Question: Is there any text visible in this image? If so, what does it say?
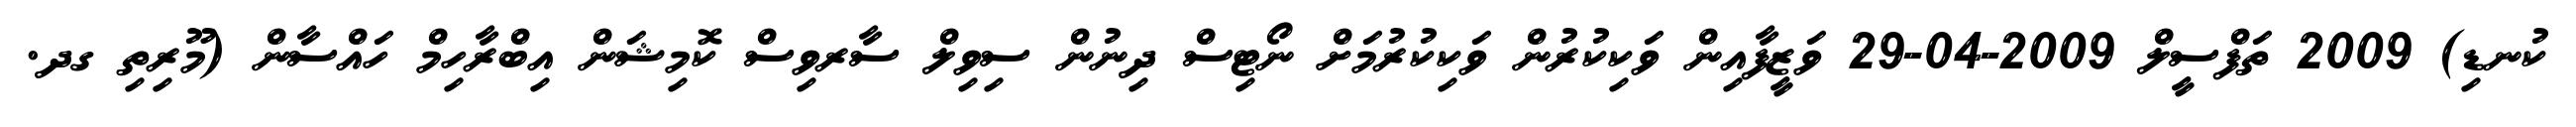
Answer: ކުނޑި) 2009 ތަފްސީލް 2009-04-29 ވަޒީފާއިން ވަކިކުރުން ވަކިކުރުމަށް ނޯޓިސް ދިނުން ސިވިލް ސާރވިސް ކޮމިޝަން އިބްރާހިމް ހައްސާން (މޫރިތި ގދ.